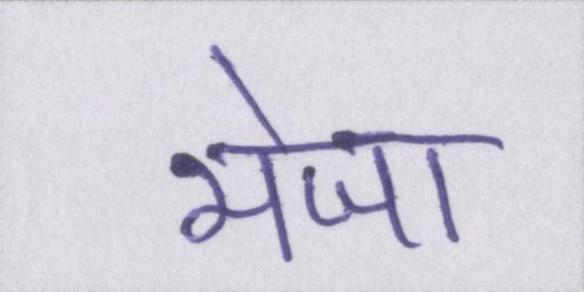
भेजा